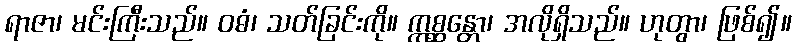
ရာဇာ၊ မင်းကြီးသည်။ ဝဓံ၊ သတ်ခြင်းကို။ ဣစ္ဆန္တော၊ အလိုရှိသည်။ ဟုတွာ၊ ဖြစ်၍။